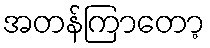
အတန်ကြာတော့